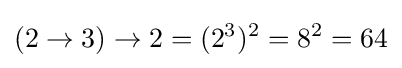
(2\rightarrow 3)\rightarrow 2=(2^{3})^{2}=8^{2}=64